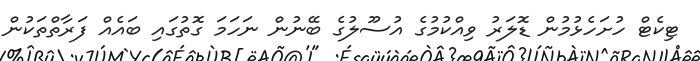
ޓިކެޓް ހުށަހެޅުމުން ޑޮލަރު ވިއްކުމުގެ އުސޫލުގެ ބޭނުން ނަހަމަ ގޮތުގައި ބައެއް ފަރާތްތަކުން